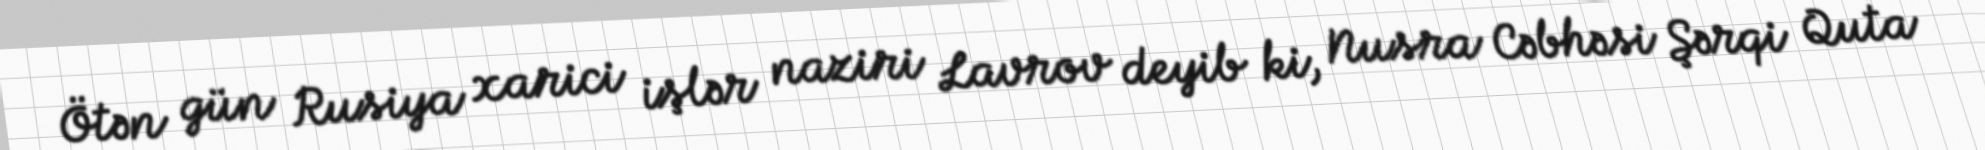
Ötən gün Rusiya xarici işlər naziri Lavrov deyib ki, Nusra Cəbhəsi Şərqi Quta